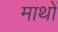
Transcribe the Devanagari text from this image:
माथों